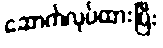
ဆောက်လုပ်ထားပြီး